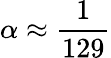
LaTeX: \alpha\approx{\frac{1}{129}}